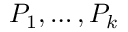
P _ { 1 } , \ldots , P _ { k }